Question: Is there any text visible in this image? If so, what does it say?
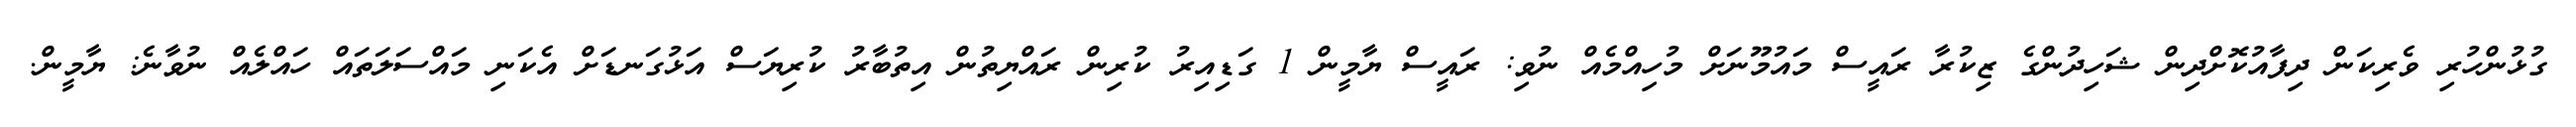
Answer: ގުޅުންހުރި ވެރިކަން ދިފާއުކޮށްދިން ޝަހިދުންގެ ޒިކުރާ ރައީސް މައުމޫނަށް މުހިއްމެއް ނުވި: ރައީސް ޔާމީން 1 ގަޑިއިރު ކުރިން ރައްޔިތުން އިތުބާރު ކުރިޔަސް އަޅުގަނޑަށް އެކަނި މައްސަލަތައް ހައްލެއް ނުވާނެ: ޔާމީން.